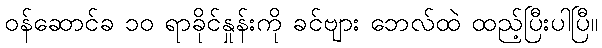
ဝန်ဆောင်ခ ၁၀ ရာခိုင်နှုန်းကို ခင်ဗျား ဘေလ်ထဲ ထည့်ပြီးပါပြီ။